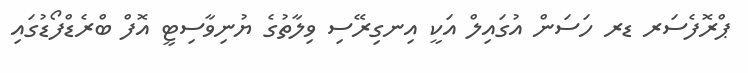
ޕްރޮފެސަރ ޑރ ހަސަން އުގައިލް އަކީ އިނގިރޭސި ވިލާތުގެ ޔުނިވާސިޓީ އޮފް ބްރެޑްފޯޑުގައި